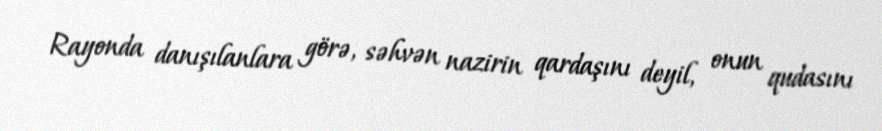
Rayonda danışılanlara görə, səhvən nazirin qardaşını deyil, onun qudasını